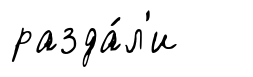
разда́л'и